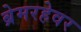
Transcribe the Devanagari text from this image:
ब्रेमरहेवर